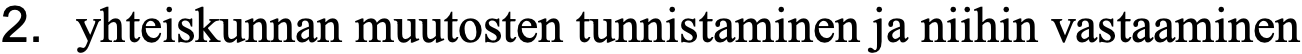
2. yhteiskunnan muutosten tunnistaminen ja niihin vastaaminen